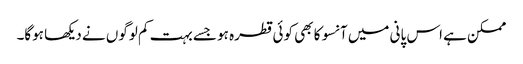
ممکن ہے اس پانی میں آنسو کا بھی کوئی قطرہ ہو جسے بہت کم لوگوں نے دیکھا ہوگا۔